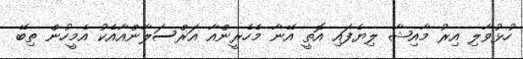
ހުޅުވާލި އިރު މާއިޝާ ލިޔެފައި އޮތީ އޭނާ މެހެރީންއާ އަރްސަލާންއާއެކު އެމީހުން ތިބޭ